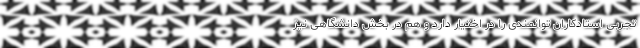
تجربی استادکاران توانمندی را در اختیار دارد و هم در بخش دانشگاهی نیز